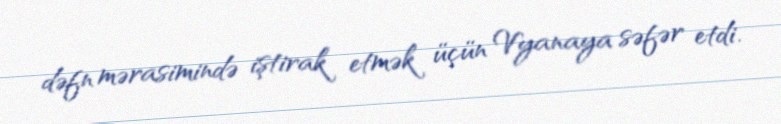
dəfn mərasimində iştirak etmək üçün Vyanaya səfər etdi.